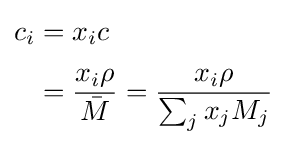
{\begin{aligned}c_{i}&=x_{i}c\\[3pt]&={\frac {x_{i}\rho }{\bar {M}}}={\frac {x_{i}\rho }{\sum _{j}x_{j}M_{j}}}\end{aligned}}